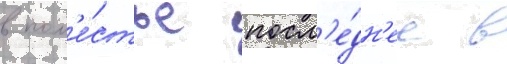
в пом'е́стье посл'е́дн'ее в